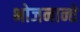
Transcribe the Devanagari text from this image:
भोजनान्ते